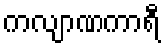
ကလျာဏကာရီ